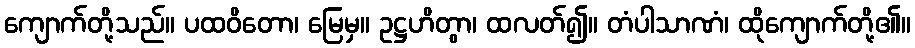
ကျောက်တို့သည်။ ပထဝိတော၊ မြေမှ။ ဥဋ္ဌဟိတွာ၊ ထလတ်၍။ တံပါသာဏံ၊ ထိုကျောက်တို့၏။